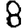
Digit: 8